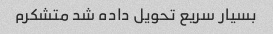
بسیار سریع تحویل داده شد متشکرم